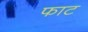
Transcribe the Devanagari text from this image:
फाट